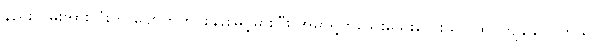
နည်းလမ်းအားလုံးက ပျောက်ကင်းနှုန်းမြင့်မားပြီး အမာရွတ်သေးသေးလေးသာ ထင်ကျန်နိုင်ပါတယ်။